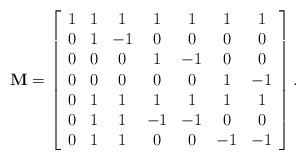
LaTeX: \begin{align*}\centering \mathbf{M}=\left[\begin{array}{ccccccc}1 & 1 & 1 & 1 & 1 & 1 & 1 \\0 & 1 & -1 & 0 & 0 & 0 & 0 \\0 & 0 & 0 & 1 & -1 & 0 & 0 \\0 & 0 & 0 & 0 & 0 & 1 & -1 \\0 & 1 & 1 & 1 & 1 & 1 & 1 \\0 & 1 & 1 & -1 & -1 & 0 & 0 \\0 & 1 & 1 & 0 & 0 & -1 & -1\end{array}\right].\end{align*}